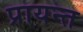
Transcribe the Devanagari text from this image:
प्रायन्त